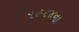
૧૯૮૪ના